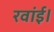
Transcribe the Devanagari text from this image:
रवांई।